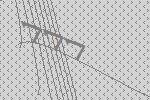
777